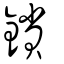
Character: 鎖